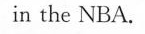
in the NBA.